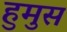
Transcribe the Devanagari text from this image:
हुमुस